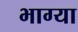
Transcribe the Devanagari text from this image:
भाग्या